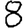
Digit: 8